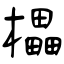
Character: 櫑